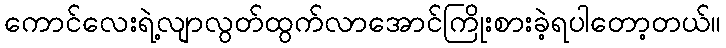
ကောင်လေးရဲ့လျာလွတ်ထွက်လာအောင်ကြိုးစားခဲ့ရပါတော့တယ်။